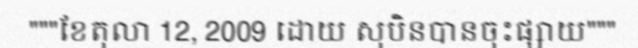
"""ខែតុលា 12, 2009 ដោយ សុបិនបានចុះផ្សាយ"""